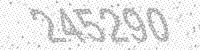
Solution: 245290